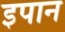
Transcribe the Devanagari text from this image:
इपान